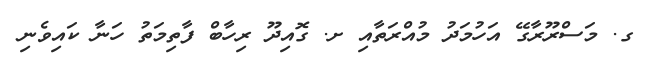
ގ. މަސްރޫރާގޭ އަހުމަދު މުއްރަތާއި ށ. ގޮއިދޫ ރިހާބް ފާތިމަތު ހަނާާ ކައިވެނި